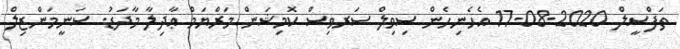
ތަފްސީލް 2020-08-17 އެހެނިހެން ސިވިލް ސަރވިސް ކޮމިޝަން މަރްޔަމް ޢާދިލާ މާދަޑު. ސަނީމަންޒިލް